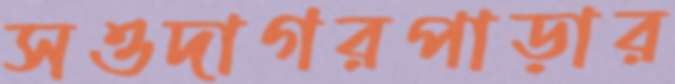
সওদাগরপাড়ার